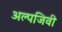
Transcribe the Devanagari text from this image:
अल्पजिवी